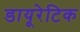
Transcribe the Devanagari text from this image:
डायूरेटिक